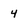
Character: 4